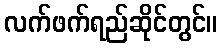
လက်ဖက်ရည်ဆိုင်တွင်။